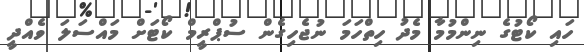
ހައި ކޯޓުގެ ނިންމުމާ މެދު ހިތްހަމަ ނުޖެހިގެން ސުޕްރީމް ކޯޓަށް މައްސަލަ ވެއްދީ